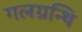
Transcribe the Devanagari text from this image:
गलग्रन्थि